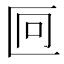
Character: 𫧒